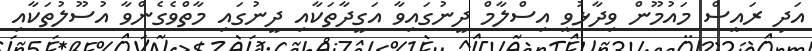
އަދި ރައީސް މައުމޫން ވިދާޅުވީ އިސްލާމް ދީނުގައިވާ އަގީދާތަކާއި ދީނުގައި މާތްވެގެންވާ އުސޫލުތަކާއި